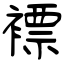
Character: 褾